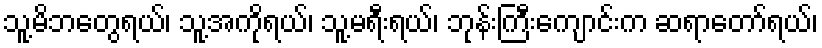
သူ့မိဘတွေရယ်၊ သူ့အကိုရယ်၊ သူ့မရီးရယ်၊ ဘုန်းကြီးကျောင်းက ဆရာတော်ရယ်၊